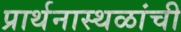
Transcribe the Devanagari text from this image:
प्रार्थनास्थळांची